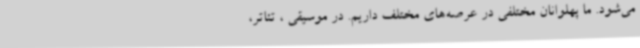
می‌شود. ما پهلوانان مختلفی در عرصه‌های مختلف داریم. در موسیقی ، تئاتر،